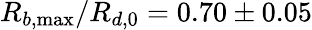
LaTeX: R_{b,\operatorname*{max}}/R_{d,0}=0.70\pm 0.05